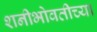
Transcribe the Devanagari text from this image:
शनीभोवतीच्या